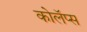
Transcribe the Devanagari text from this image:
कोलॅप्स